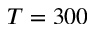
T = 3 0 0